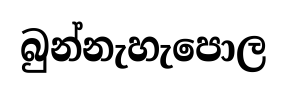
බුන්නැහැපොල